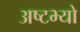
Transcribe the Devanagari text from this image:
अष्टभ्यो